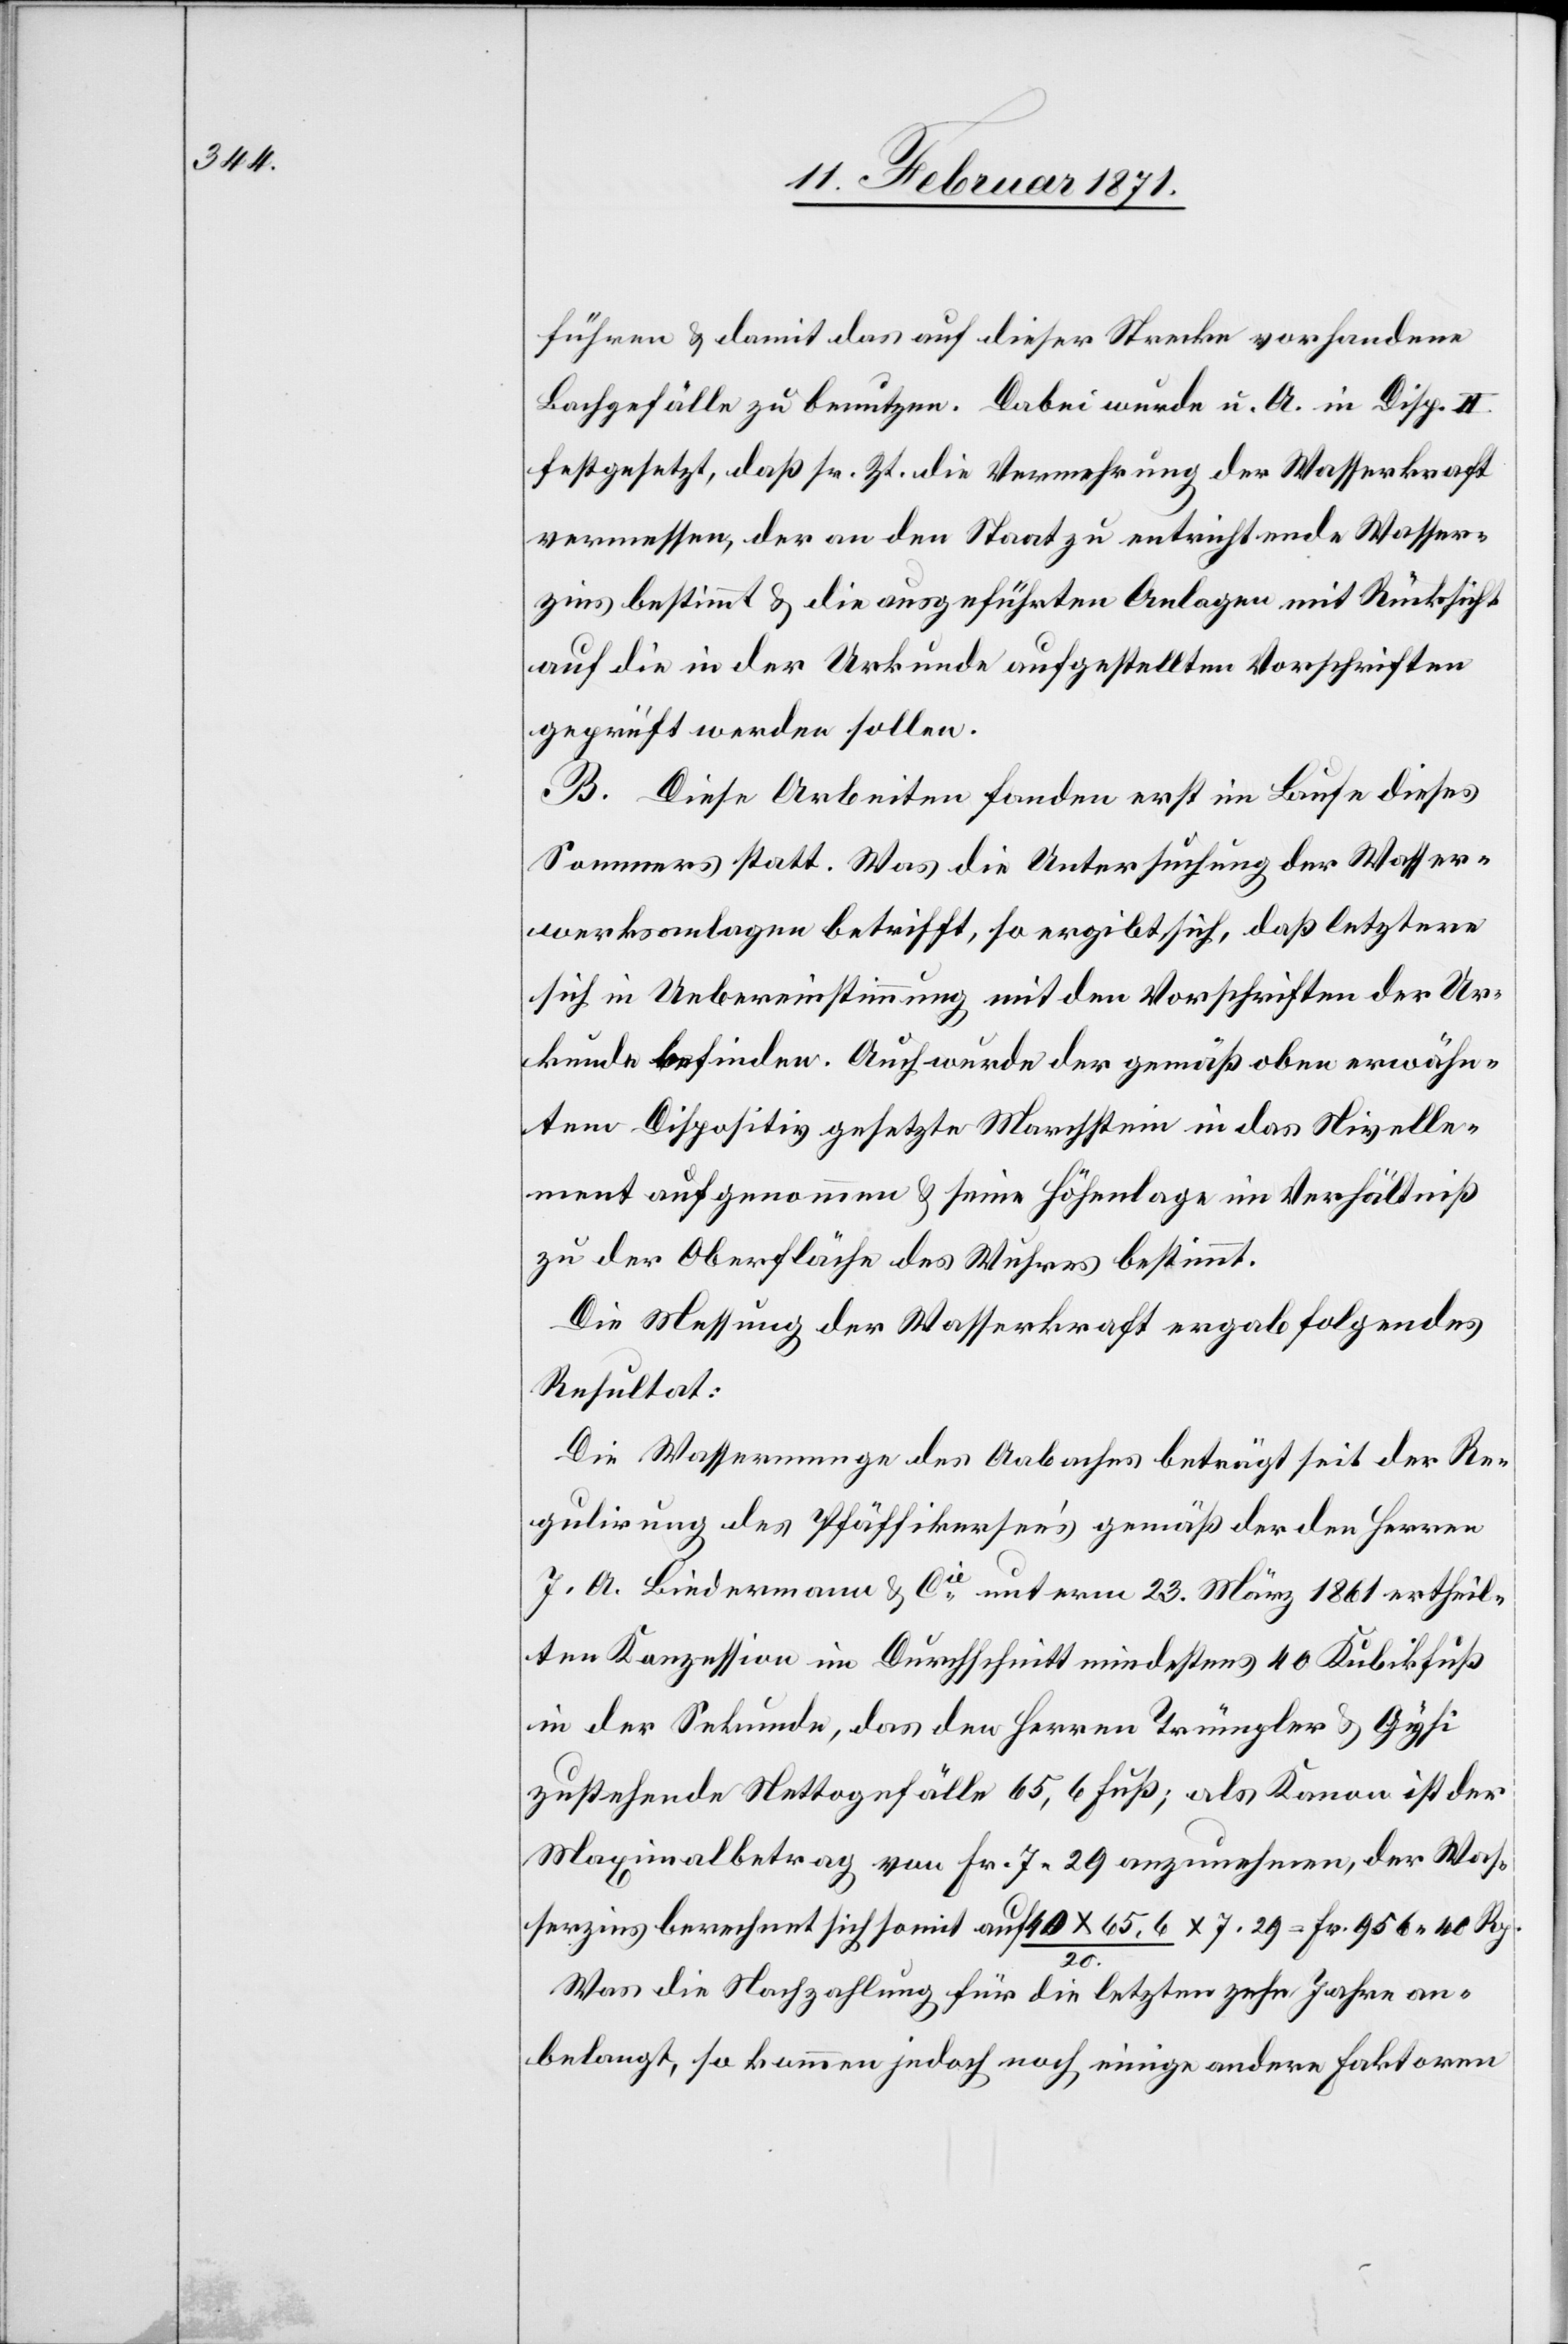
führen u. damit das auf dieser Strecke vorhandene
Bachgefälle zu benutzen. Dabei wurde u. A. in Disp. II.
festgesetzt, daß sr. Zt. die Vermehrung der Wasserkraft
vermessen, der an den Staat zu entrichtende Wasser¬
zins bestimmt u. die ausgeführten Anlagen mit Rücksicht
auf die in der Urkunde aufgestellten Vorschriften
geprüft werden sollen.
B. Diese Arbeiten fanden erst im Laufe dieses
Sommers statt. Was die Untersuchung der Wasser¬
werksanlagen betrifft, so ergibt sich, daß letztere
sich in Uebereinstimmung mit den Vorschriften der Ur¬
kunde befinden. Auch wurde der gemäß oben erwähn¬
tem Dispositiv gesetzte Marchstein in das Nivelle¬
ment aufgenommen u. seine Höhenlage im Verhältniß
zu der Oberfläche des Wuhres bestimmt.
Die Messung der Wasserkraft ergab folgendes
Resultat:
Die Wassermenge des Aabaches beträgt seit der Re¬
gulirung des Pfäffikersee’s gemäß der den Herren
J. A. Lindermann & Cie. unterm 23. März 1861 ertheil¬
ten Konzession im Durchschnitt mindestens 40 Kubikfuß
in der Sekunde, das den Herren Trümpler u. Gysi
zustehende Nettogefälle 65,6 Fuß; als Kanon ist der
Maximalbetrag von Fr. 7.29 anzunehmen, der Was¬
serzins berechnet sich somit auf 40x65,6/20. x 7.29 = Fr. 956.40 Rp.
Was die Nachzahlung für die letzten zehn Jahre an¬
belangt, so kommen jedoch noch einige andere Faktoren